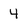
Character: 4